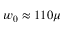
w _ { 0 } \approx 1 1 0 \mu